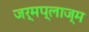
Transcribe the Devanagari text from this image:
जर्मप्लाज्म